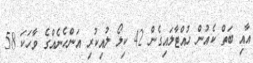
އާއި ބަތް ކެއުން ހުއްޓާލައިގެން 42 ކިލޯ ލުއިކުރި އަންހެނެއްގެ ވާހަކަ 58